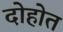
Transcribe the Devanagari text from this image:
दोहोत